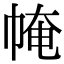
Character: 㡋